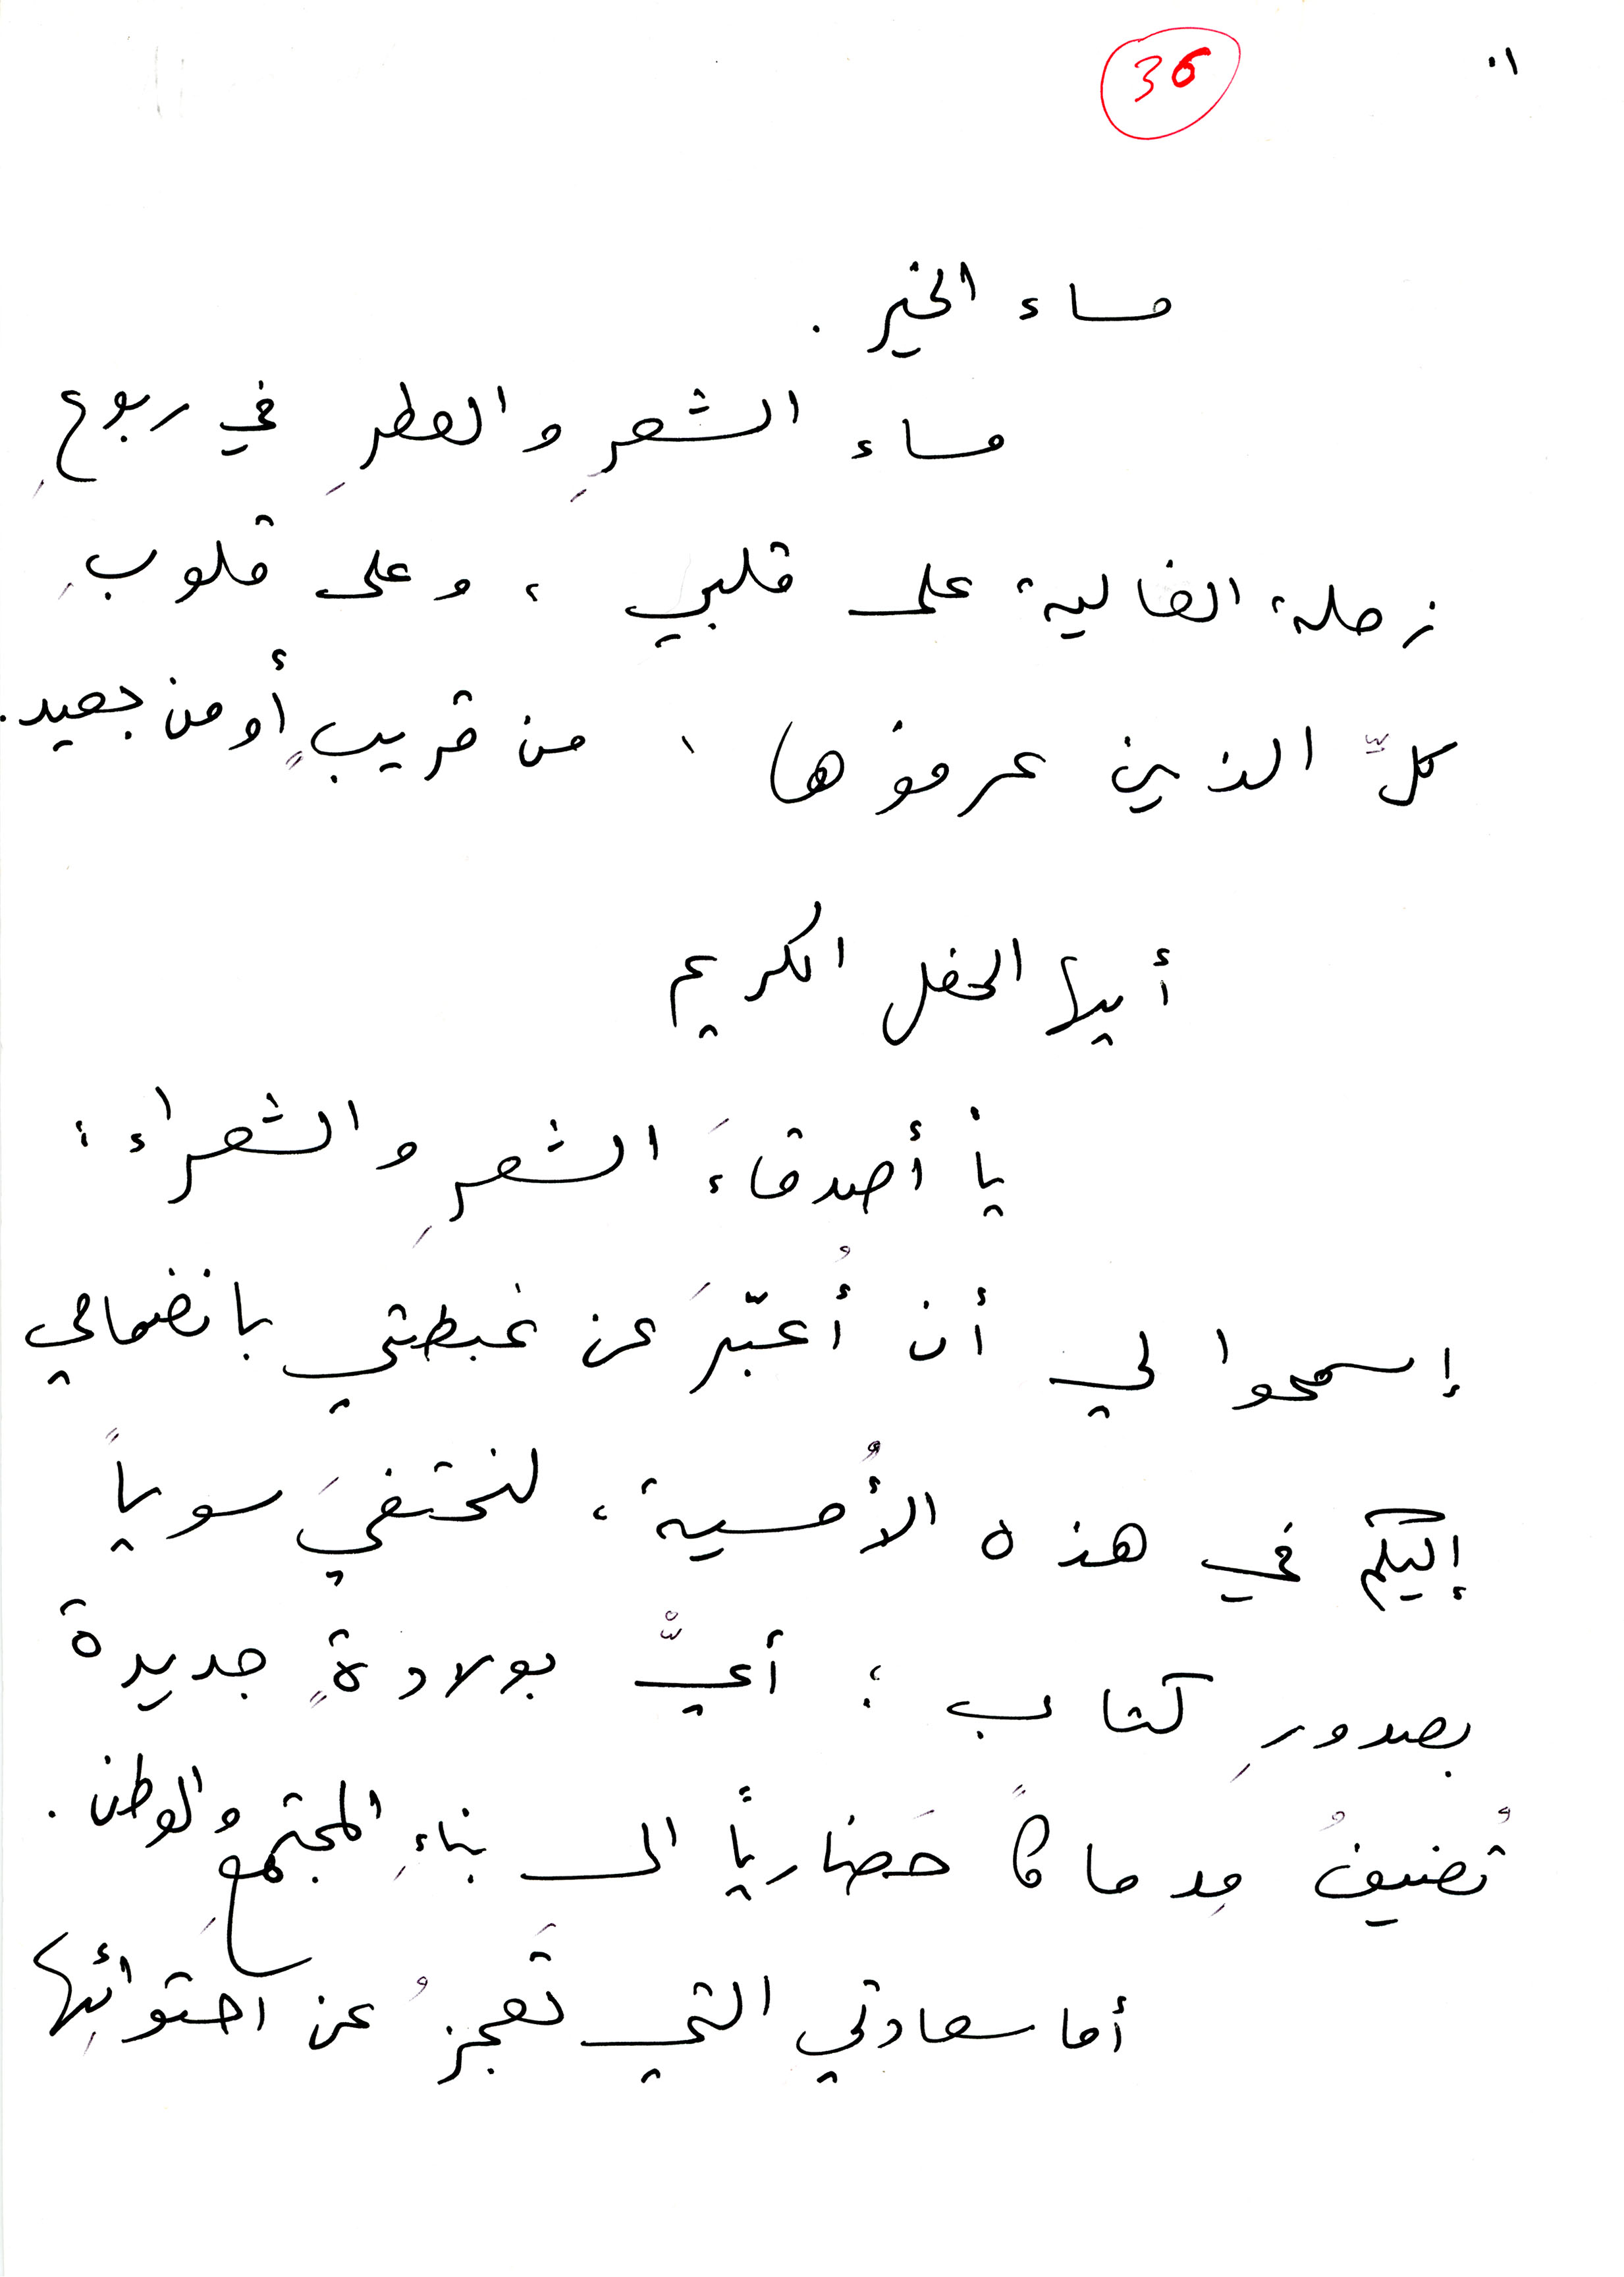
مساء الشعرِ والعطرِ في ربوعِ
زحلة الغالية على قلبي، وعلى قلوب،
كلِّ الذين عرفوها، من قريبٍ أو من بعيد.
أيها الحفل الكريم
يا أصدقاءَ الشعرِ والشعراء:
إسمحوا لي أن أُعبّرَ عن غبطتي بانضمامي
إليكم في هذه الأُمسية، لنحتفيَ سوياً
بصدورِ كتاب؛ أيّْ بولادةٍ جديدة
تضيفُ مدماكاً حَضارياً الى بناءِ المجتمعِ والوطن.
أما سعادتي التي تعجزُ، عن احتوائِها
٠١
36
مساء الخير